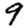
Digit: 9